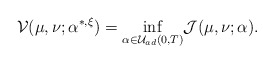
\begin{align*}\mathcal{V}(\mu,\nu;\alpha^{*,\xi})=\underset{\alpha\in\mathcal{U}_{ad}(0,T)}{\inf} \mathcal{J(}\mu,\nu;\alpha).\end{align*}